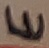
Text: E